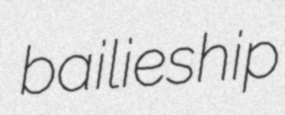
bailieship